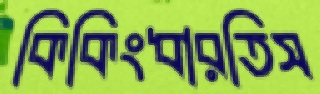
কিকিংধারতিস